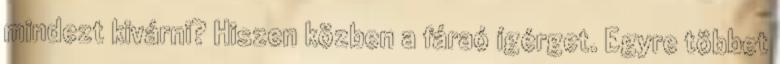
mindezt kivárni? Hiszen közben a fáraó ígérget. Egyre többet